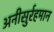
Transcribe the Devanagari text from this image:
अनीसुर्रहमान